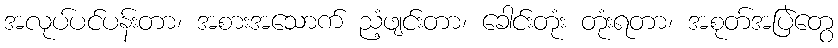
အလုပ်ပင်ပန်းတာ၊ အစားအသောက် ညံ့ဖျင်းတာ၊ ခေါင်းတုံး တုံးရတာ၊ အစုတ်အပြဲတွေ